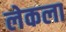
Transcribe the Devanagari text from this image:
लेकला